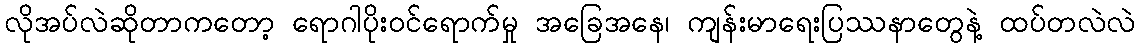
လိုအပ်လဲဆိုတာကတော့ ရောဂါပိုး၀င်ရောက်မှု အခြေအနေ၊ ကျန်းမာရေးပြဿနာတွေနဲ့ ထပ်တလဲလဲ